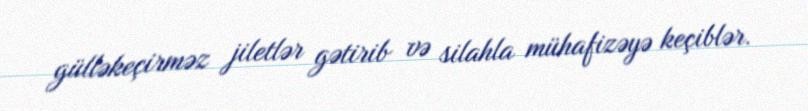
gülləkeçirməz jiletlər gətirib və silahla mühafizəyə keçiblər.